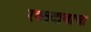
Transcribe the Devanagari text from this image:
रक्तदाबाचा